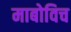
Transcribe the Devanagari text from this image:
माबोविच